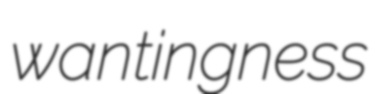
wantingness